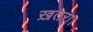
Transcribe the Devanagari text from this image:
ख़तरा।